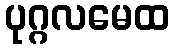
ပုဂ္ဂလမေထ